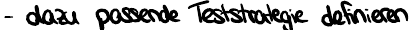
- dazu passende Teststrategie definieren